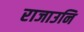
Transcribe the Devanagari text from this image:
राजाउनि